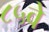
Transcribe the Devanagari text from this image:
८५वे